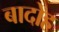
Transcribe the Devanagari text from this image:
बादोह